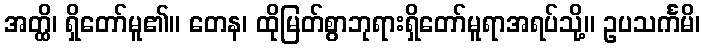
အတ္ထိ၊ ရှိတော်မူ၏။ တေန၊ ထိုမြတ်စွာဘုရားရှိတော်မူရာအရပ်သို့။ ဥပသင်္ကမိ၊